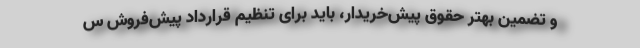
و تضمین بهتر حقوق پیش‌خریدار، باید برای تنظیم قراردادِ پیش‌فروش س